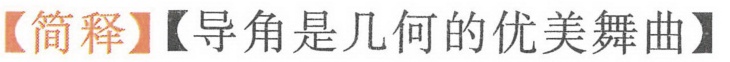
【简释】【导角是几何的优美舞曲】